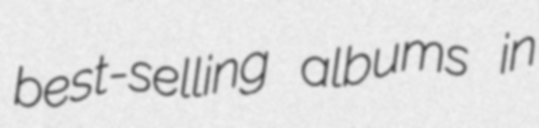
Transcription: best-selling albums in